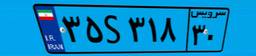
۳۵S۳۱۸۳۰